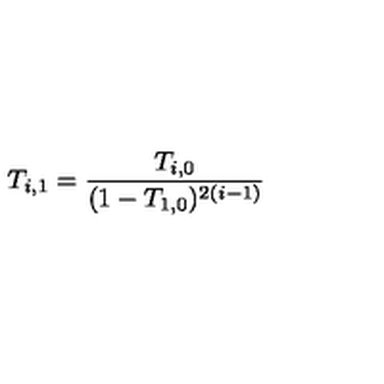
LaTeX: T _ { i , 1 } = \frac { T _ { i , 0 } } { ( 1 - T _ { 1 , 0 } ) ^ { 2 ( i - 1 ) } }